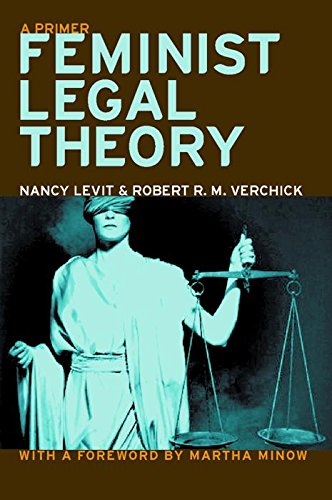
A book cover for Feminist Legal Theory: A Primer (Critical America); Nancy Levit; Law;